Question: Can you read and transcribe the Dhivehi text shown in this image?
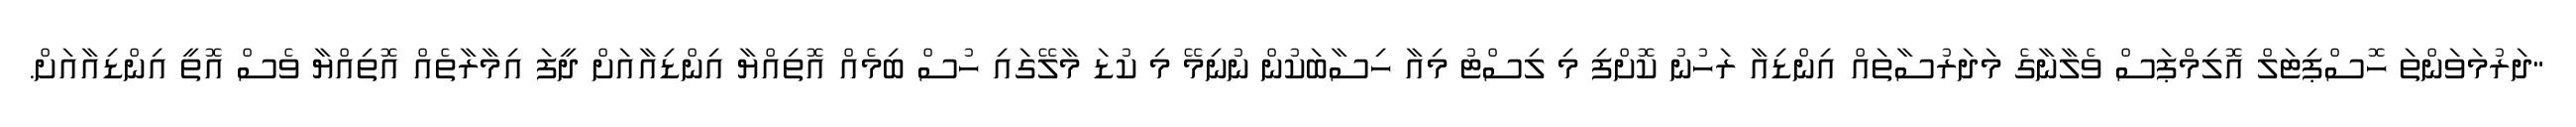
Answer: "ދަރުމަވަންތަ ހޮސްޕިޓަލް އޮލިމްޕަސް ވެލާނާގެ މަދަރުސާތައް އިންޑިއާ ރަހުނު ކޮށްފި މި ލިސްޓު މިއާ ހިސާބަކުން ނުނިމޭ މި ކުޑަ މާލޭގައި ހުސް ބިމެއް އޮތިއްޔާ އިންޑިއާއަށް ދީފަ އިމާރާތެއް އޮތިއްޔާ ވެސް އޮތީ އިންޑިއާއަށް.